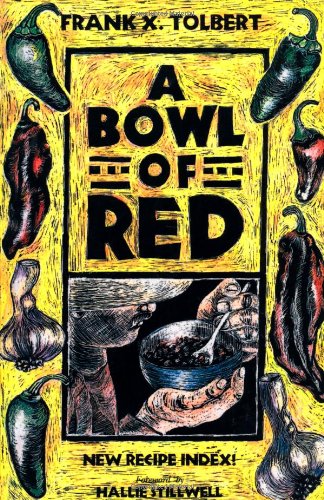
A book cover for A Bowl of Red; Frank X. Tolbert; Cookbooks, Food & Wine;